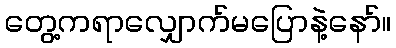
တွေ့ကရာလျှောက်မပြောနဲ့နော်။